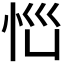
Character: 𱞐